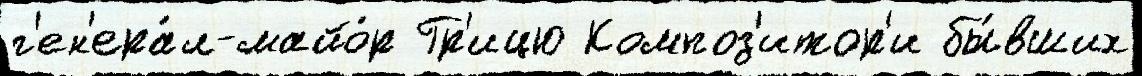
г'ен'ера́л-майо́р Гр'ицю Композ'итор'и бы́вших